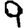
Digit: 9